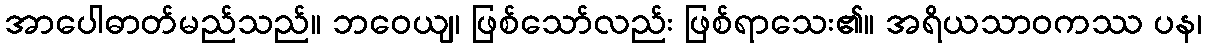
အာပေါဓာတ်မည်သည်။ ဘဝေယျ၊ ဖြစ်သော်လည်း ဖြစ်ရာသေး၏။ အရိယသာဝကဿ ပန၊